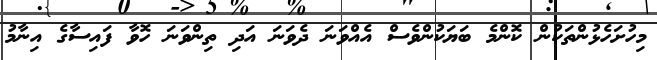
މިހުށަހެޅުންތަކުން ކޮންމެ ބަޔަކުންވެސް އެއްވަނަ ދެވަނަ އަދި ތިންވަނަ ހޮވާ ފައިސާގެ އިނާމު